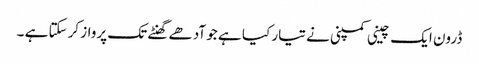
ڈرون ایک چینی کمپنی نے تیار کیا ہے جو آدھے گھنٹے تک پرواز کرسکتا ہے ۔